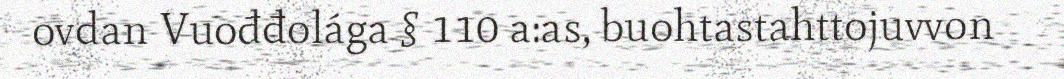
ovdan Vuođđolága § 110 a:as, buohtastahttojuvvon